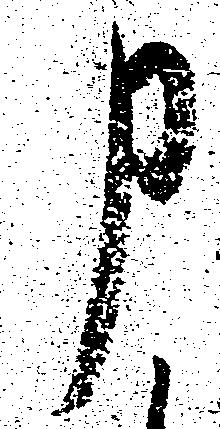
申